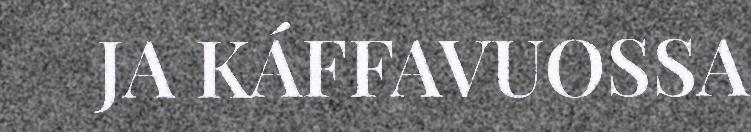
JA KÁFFAVUOSSA